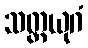
သတ္တယုဂံ